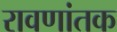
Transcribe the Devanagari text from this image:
रावणांतक